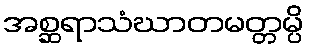
အစ္ဆရာသံဃာတမတ္တမ္ပိ